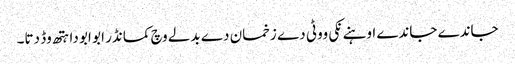
جاندے جاندے اوہنے نکی ووٹی دے زخمان دے بدلے وچ کمانڈر ابو ابو دا ہتھ وڈ دتا۔